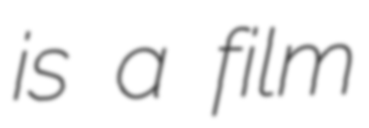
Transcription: is a film